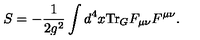
S = - \frac { 1 } { 2 g ^ { 2 } } \int d ^ { 4 } x \mathrm { T r } _ { G } F _ { \mu \nu } F ^ { \mu \nu } .